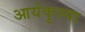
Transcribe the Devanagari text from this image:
आर्यकुल्या